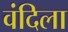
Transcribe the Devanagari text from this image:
वंदिला